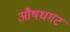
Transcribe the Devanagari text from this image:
औषधगट